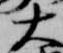
大